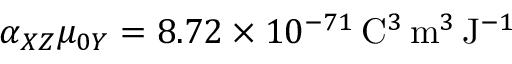
\alpha _ { X Z } \mu _ { 0 Y } = 8 . 7 2 \times 1 0 ^ { - 7 1 } \, \mathrm { C } ^ { 3 } \, \mathrm { m } ^ { 3 } \, \mathrm { J } ^ { - 1 }